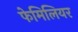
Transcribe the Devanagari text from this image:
फेमिलियर